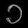
Digit: ၁